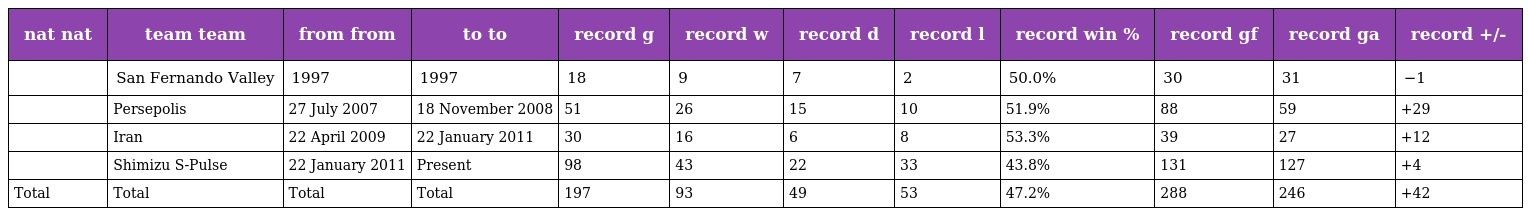
| nat nat | team team | from from | to to | record g | record w | record d | record l | record win % | record gf | record ga | record +/- |
 | --- | --- | --- | --- | --- | --- | --- | --- | --- | --- | --- | --- |
 |  | San Fernando Valley | 1997 | 1997 | 18 | 9 | 7 | 2 | 50.0% | 30 | 31 | −1 |
 |  | Persepolis | 27 July 2007 | 18 November 2008 | 51 | 26 | 15 | 10 | 51.9% | 88 | 59 | +29 |
 |  | Iran | 22 April 2009 | 22 January 2011 | 30 | 16 | 6 | 8 | 53.3% | 39 | 27 | +12 |
 |  | Shimizu S-Pulse | 22 January 2011 | Present | 98 | 43 | 22 | 33 | 43.8% | 131 | 127 | +4 |
 | Total | Total | Total | Total | 197 | 93 | 49 | 53 | 47.2% | 288 | 246 | +42 |